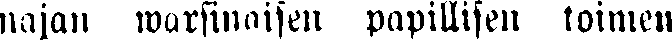
najan warsiaisen papillisen toimen